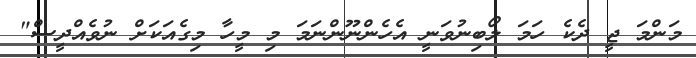
މަންމަ ޖީ ދެކެ ހަމަ ލޯބިނުވަނީ އެހެންނޫންނަމަ މި މީހާ މިގެއަކަށް ނުވެއްދީސް"